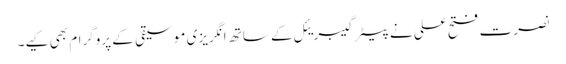
نصرت فتح علی نے پیٹر گیبریئل کے ساتھ انگریزی موسیقی کے پروگرام بھی کیے۔